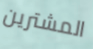
المشترين